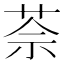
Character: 𦯬